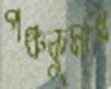
পঞ্চকুমার